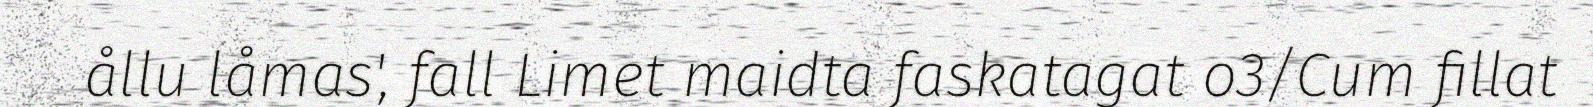
ållu låmas', fall Limet maidta faskatagat o3/Cum fillat